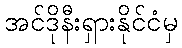
အင်ဒိုနီးရှားနိုင်ငံမှ